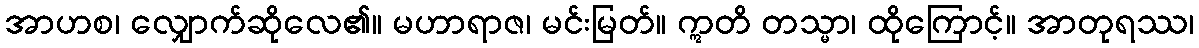
အာဟစ၊ လျှောက်ဆိုလေ၏။ မဟာရာဇ၊ မင်းမြတ်။ ဣတိ တသ္မာ၊ ထိုကြောင့်။ အာတုရဿ၊